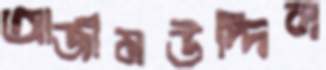
আজীমউদ্দিন